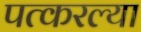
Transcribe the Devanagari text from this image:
पत्करल्या